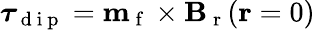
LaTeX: \boldsymbol{\tau}_{\mathrm{~d~i~p~}}=\mathbf{m}_{\mathrm{~f~}}\times\mathbf{B}_{\mathrm{~r~}}(\mathbf{r}=0)